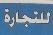
للتجارة